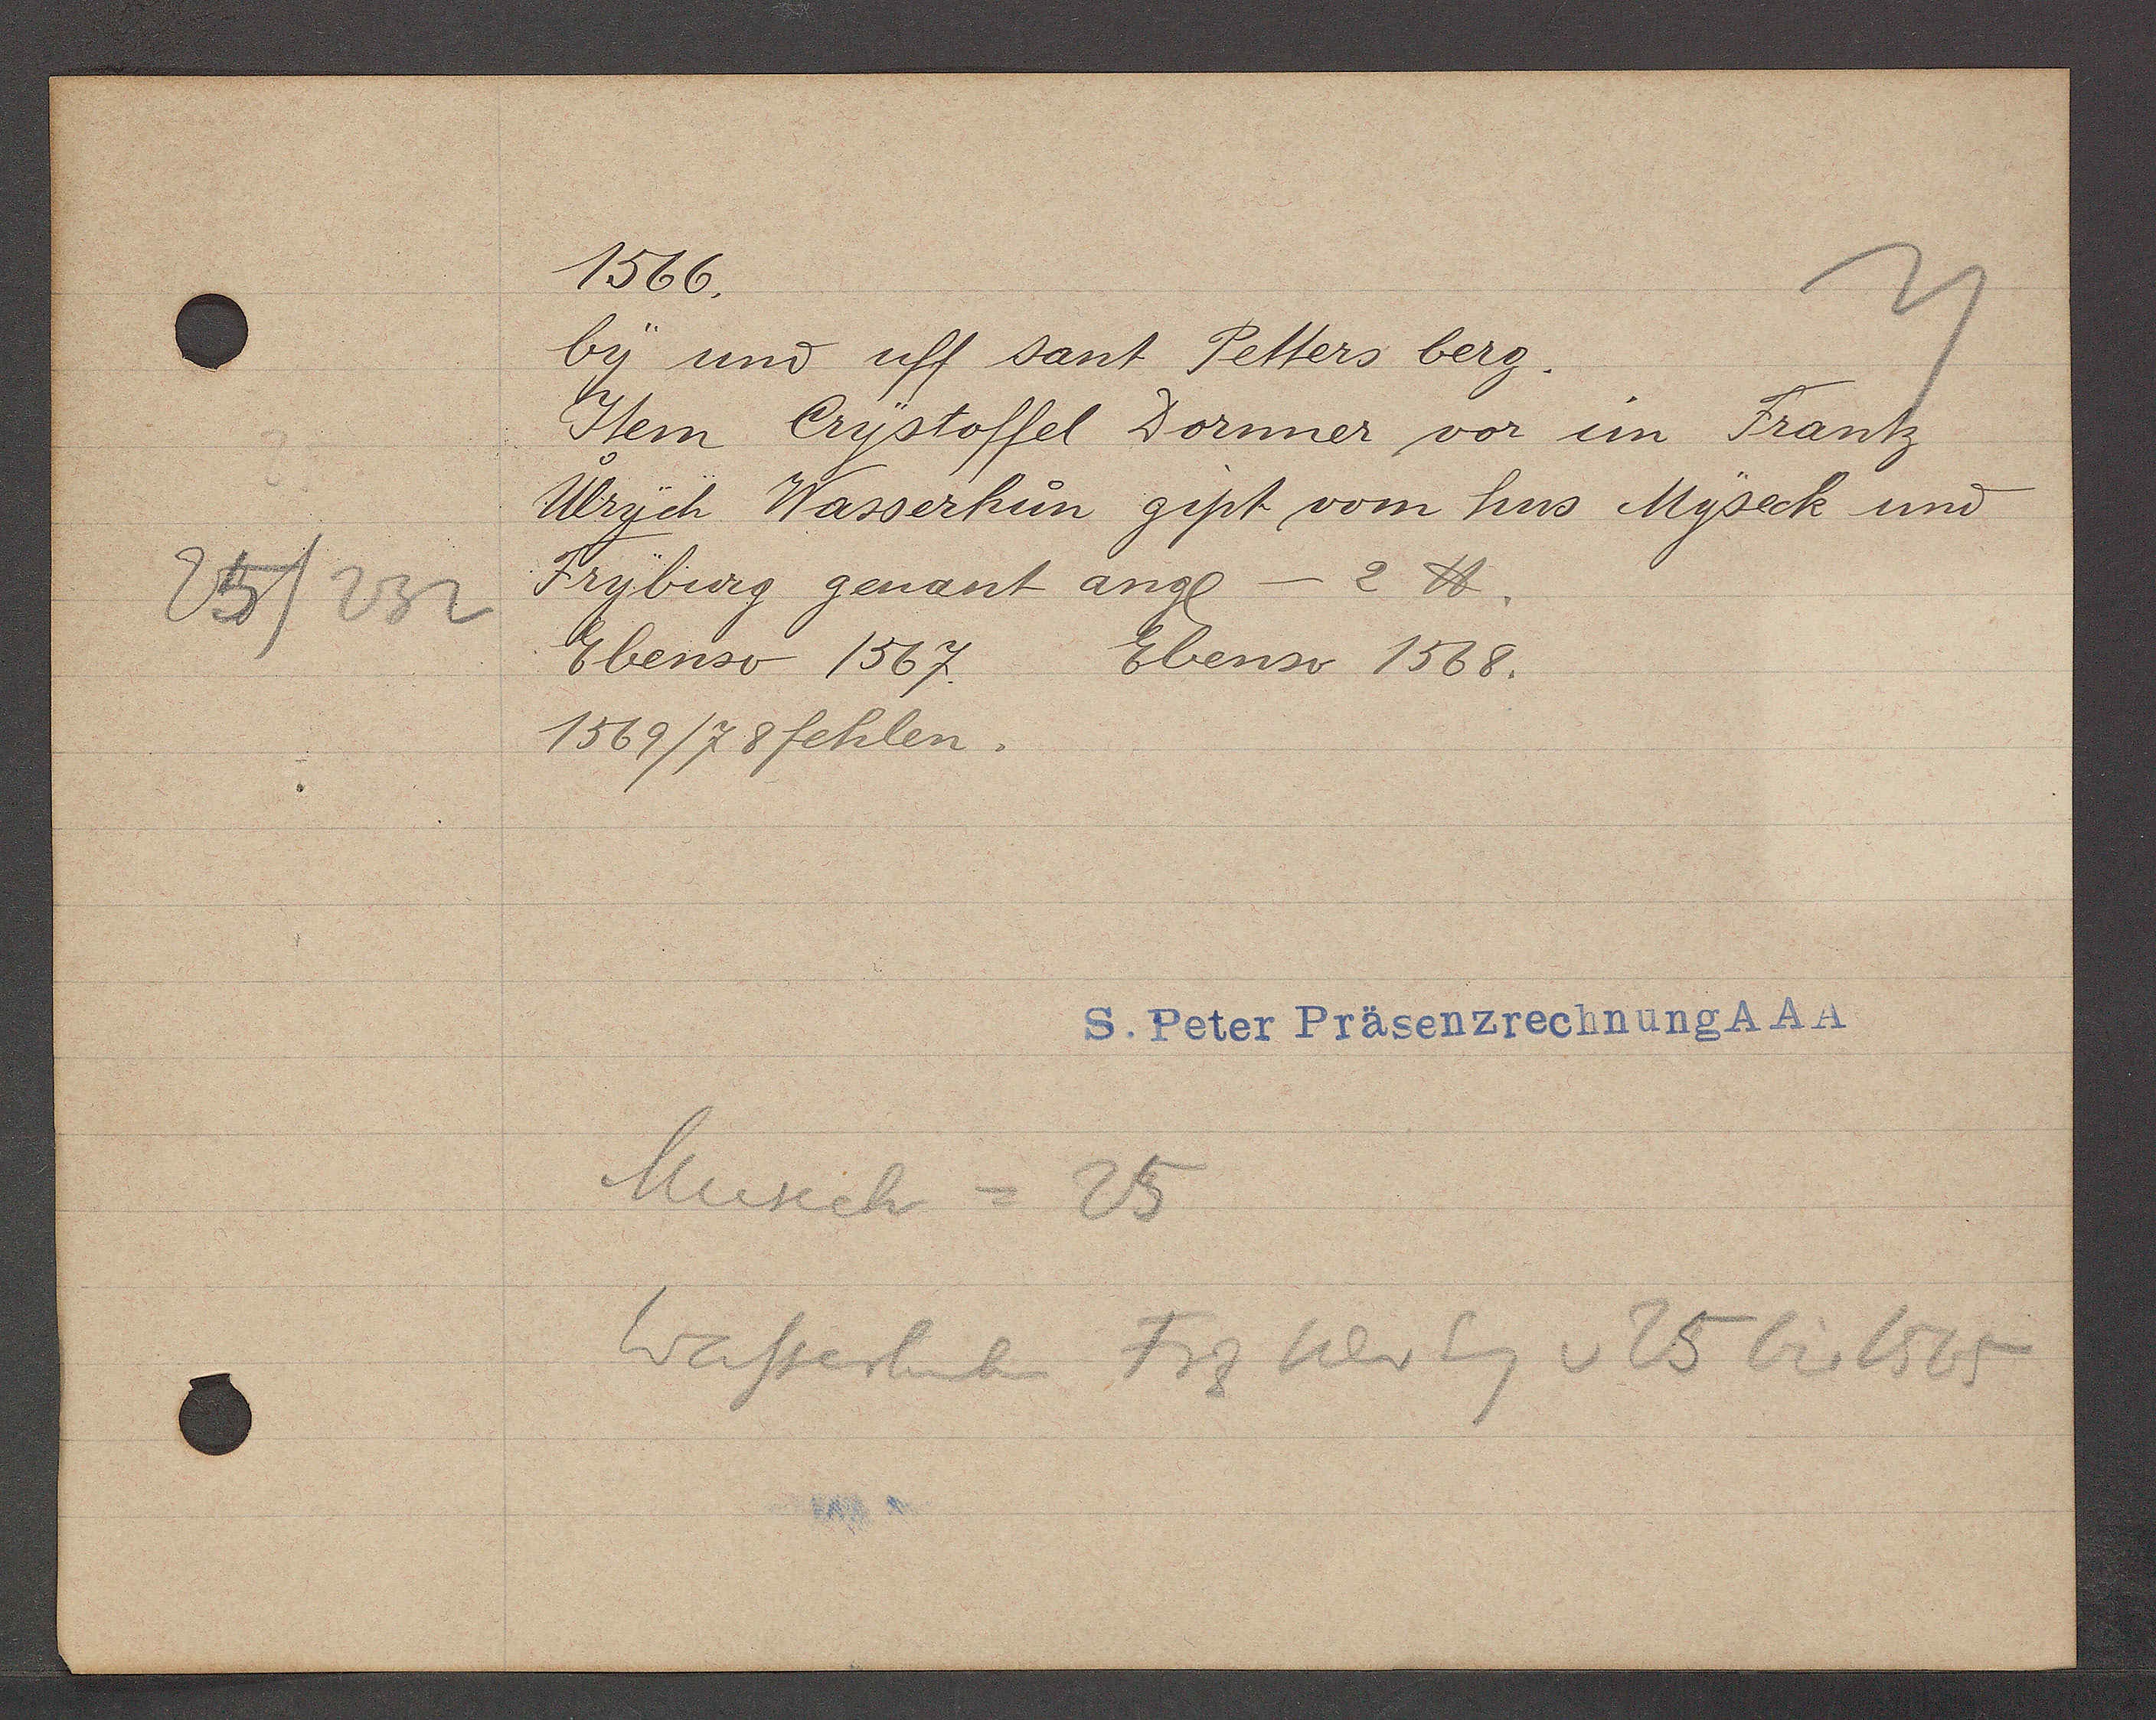
Transcript:
25/232

1566.

by und uff sant Petters berg.
Item Crystoffel Dornner vor im Frantz
Ulrych Wasserhun gipt vom hus Myseck und
Fryburg genant angl — 2 ℔
Ebenso 1567
Ebenso 1568.
1569/78fehlen.

S. Peter Präsenzrechnung AAA

Museck = 25
Wasserhunhn Frz Ulr Eg v 25 bis 1565